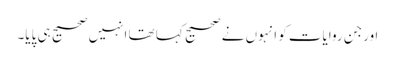
اورجن روایات کو انہوں نے صحیح کہا تھا انہیں صحیح ہی پایا۔